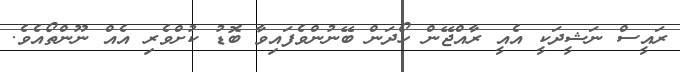
ރައީސް ނަޝީދަކީ އެއީ ރާއްޖޭން ހޯދަން ބޭނުންވެފައިވާ ބޮޑު ކުށްވެރި އެއް ނޫންތޯއެވެ.